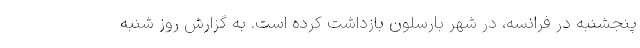
پنجشنبه در فرانسه، در شهر بارسلون بازداشت کرده است. به گزارش روز شنبه